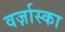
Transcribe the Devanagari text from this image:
वर्ज़ास्का